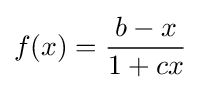
f(x)={\frac {b-x}{1+cx}}~